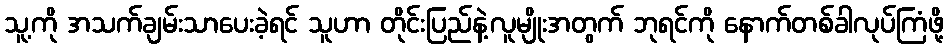
သူ့ကို အသက်ချမ်းသာပေးခဲ့ရင် သူဟာ တိုင်းပြည်နဲ့လူမျိုးအတွက် ဘုရင်ကို နောက်တစ်ခါလုပ်ကြံဖို့